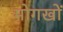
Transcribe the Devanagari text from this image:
मोगखों